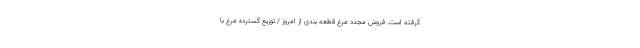
گرفته است. فروش مجدد مرغ قطعه بندی از امروز / توزیع گسترده مرغ با